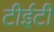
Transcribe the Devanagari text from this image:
टीईटी